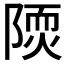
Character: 𨻢